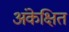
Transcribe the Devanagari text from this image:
अंकेक्षित